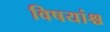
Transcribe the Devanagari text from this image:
विषयांश्च